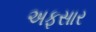
અફસાર